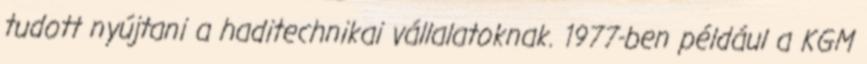
tudott nyújtani a haditechnikai vállalatoknak. 1977-ben például a KGM